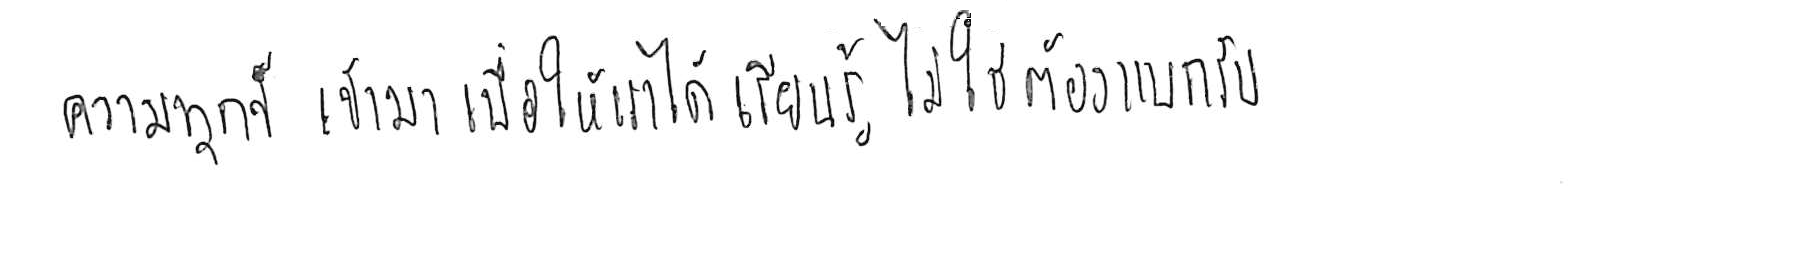
ความทุกข์ เข้ามาเพื่อให้เราได้ เรียนรู้ ไม่ใช่ต้อง แบกรับ